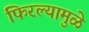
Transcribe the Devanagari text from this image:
फिरल्यामुळे